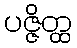
ပဇ္ဇိတ္ထ